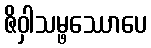
ဇိဝှါသမ္ဖဿောပေ